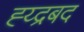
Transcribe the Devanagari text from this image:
ह्य्द्रबद